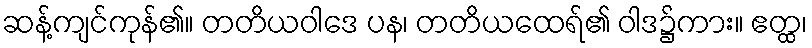
ဆန့်ကျင်ကုန်၏။ တတိယဝါဒေ ပန၊ တတိယထေရ်၏ ဝါဒ၌ကား။ ဧတ္ထ၊